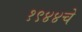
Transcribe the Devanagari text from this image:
१९४४चे